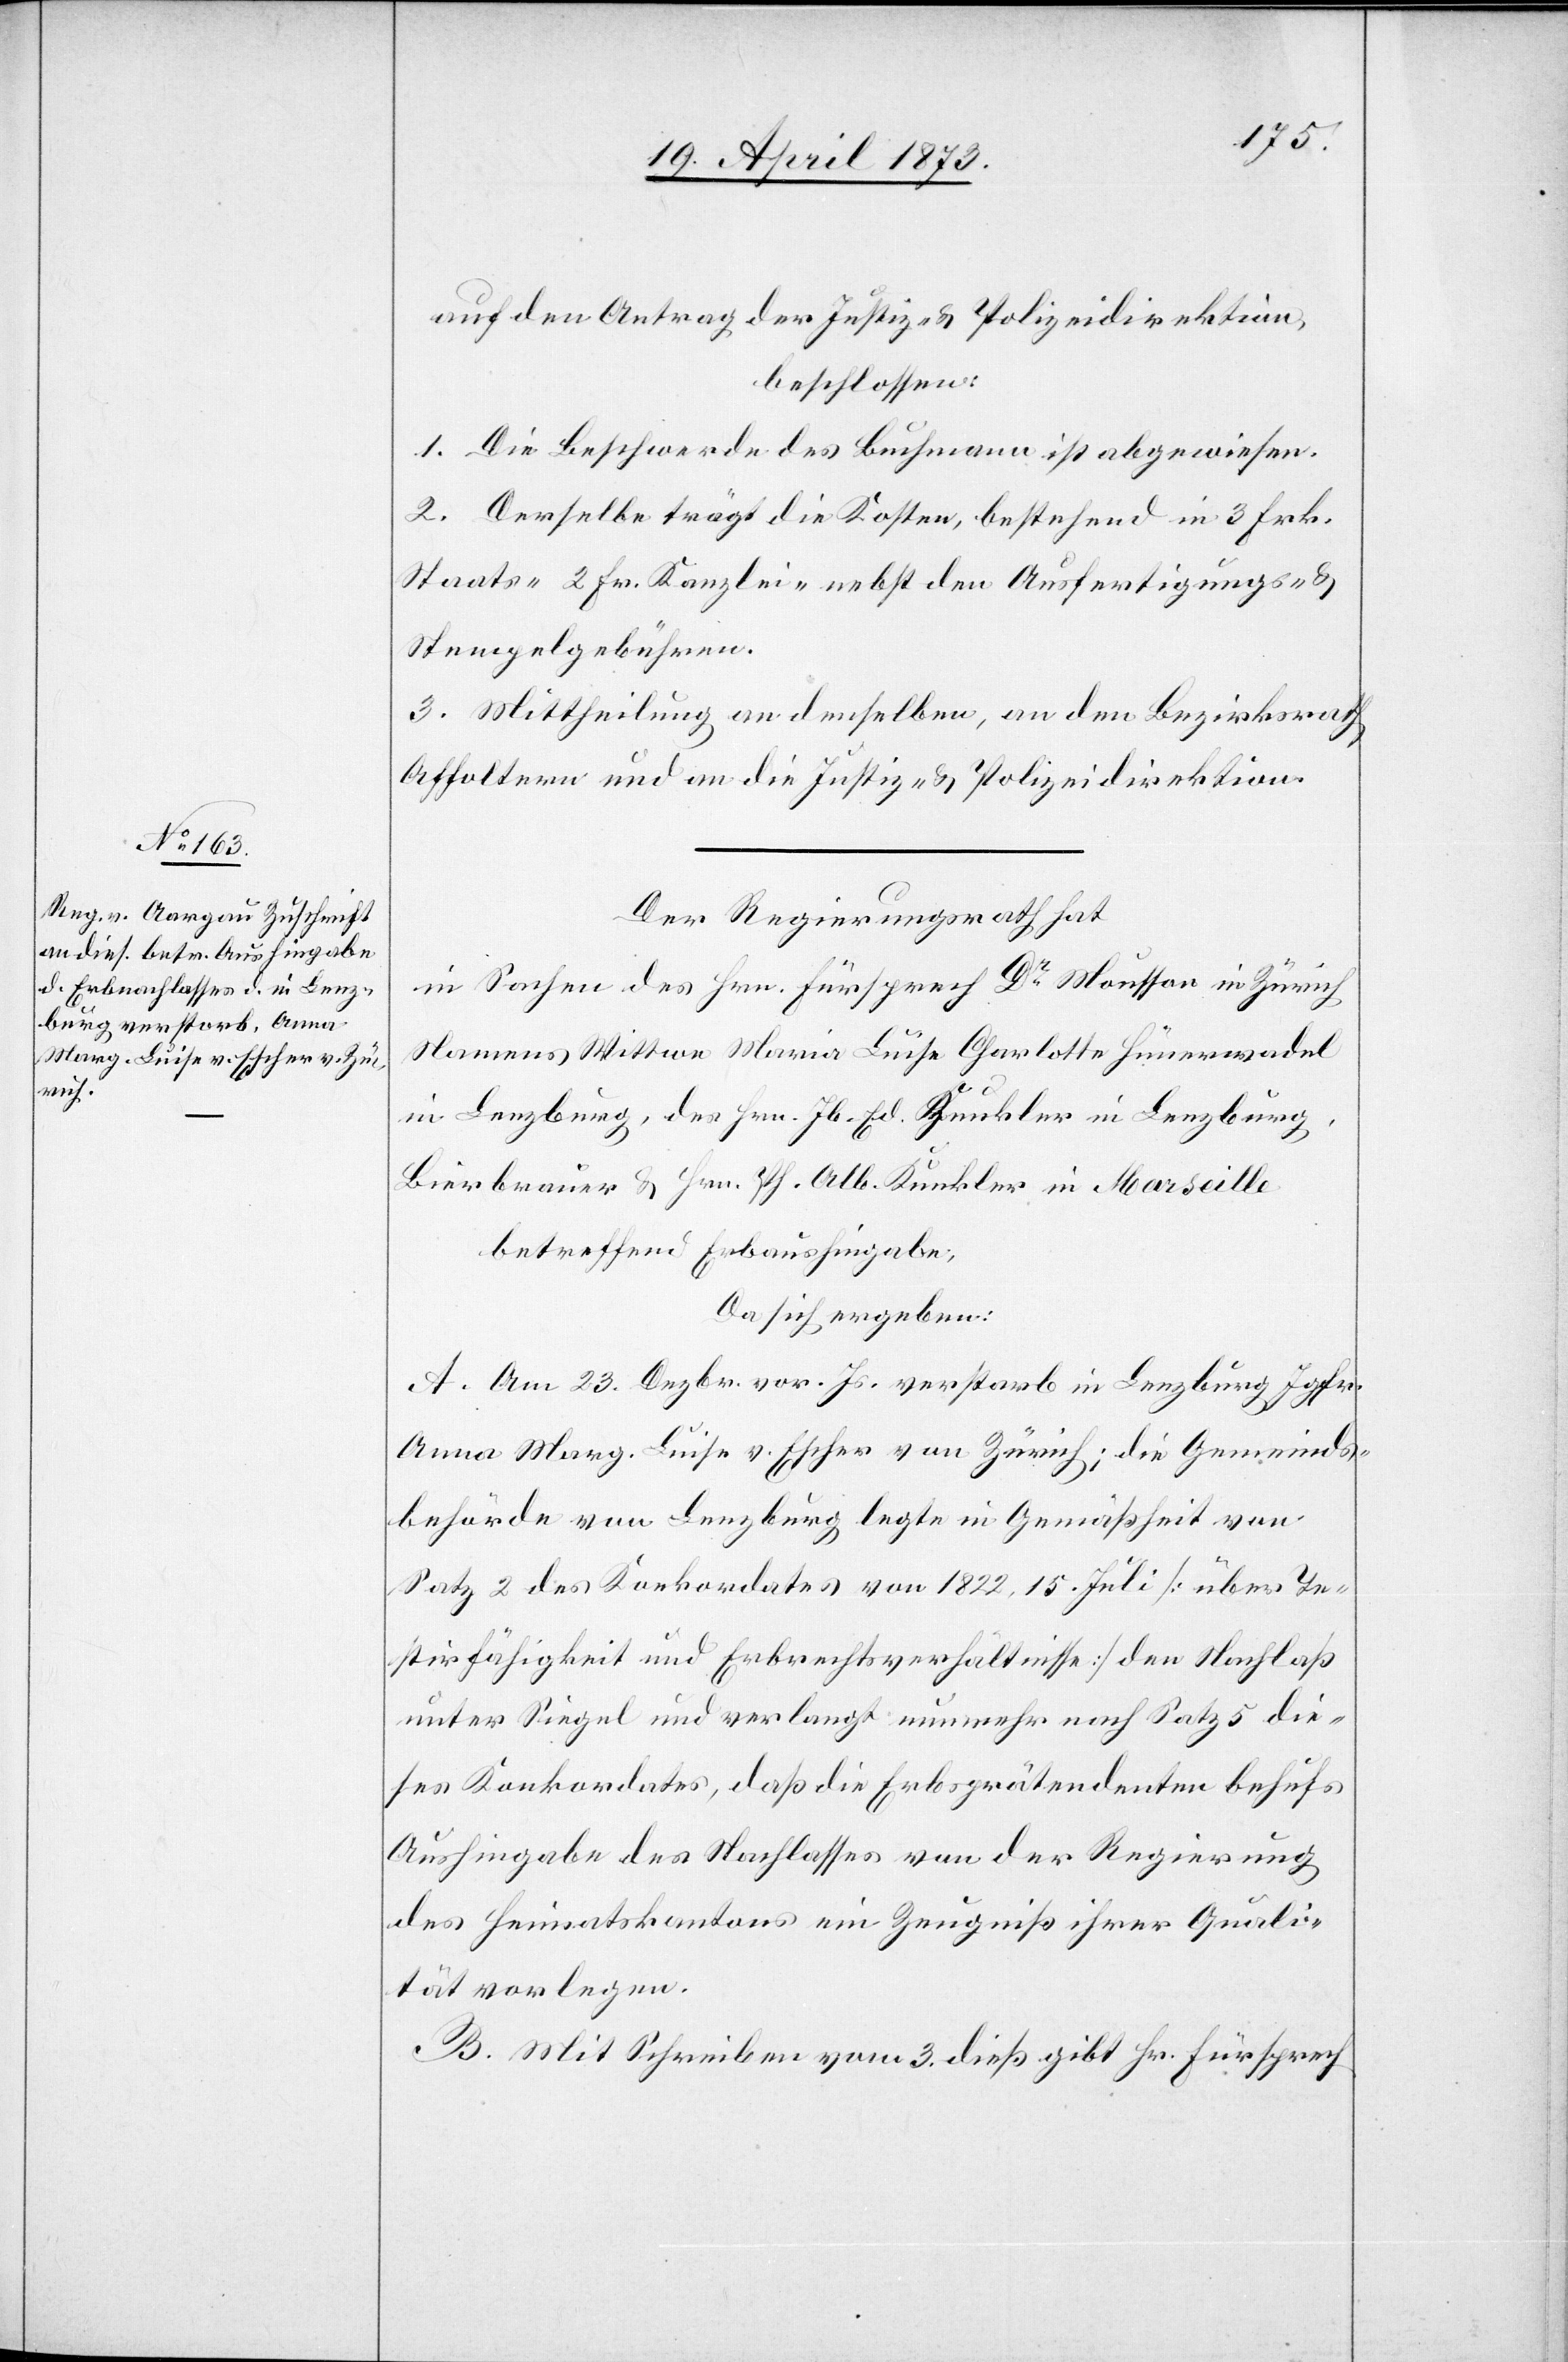
auf den Antrag der Justiz- & Polizeidirektion
beschlossen:
1. Die Beschwerde des Buchmann ist abgewiesen.
2. Derselbe trägt die Kosten, bestehend in 3 Fr.
Staats- 2 Fr. Kanzlei- nebst den Ausfertigungs- &
Stempelgebühren.
3. Mittheilung an denselben, an den Bezirksrath
Affoltern und an die Justiz- & Polizeidirektion.
Der Regierungsrath hat
in Sachen des Hrn. Fürsprech Dr Mousson in Zürich
Namens Wittwe Maria Luise Charlotte Hünerwadel
in Lenzburg, des Hrn. Jb. Ed. Kunkler in Lenzburg,
Bierbrauer & Hrn. Ph. Alb. Kunkler in Marseille
betreffend Erbaushingabe,
Da sich ergeben:
A. Am 23. Dezbr. vor. Js. verstarb in Lenzburg Jgfr.
Anna Marg. Luise v. Escher von Zürich; die Gemeinds¬
behörde von Lenzburg legte in Gemäßheit von
Satz 2 des Konkordates von 1882, 15. Juli [über Te¬
stirfähigkeit und Erbrechtsverhältnisse] den Nachlaß
unter Siegel und verlangt nunmehr nach Satz 5 die¬
ses Konkordates, daß die Erbsprätendenten behufs
Aushingabe des Nachlasses von der Regierung
des Heimatskantons ein Zeugniß ihrer Quali¬
tät vorlegen.
B. Mit Schreiben vom 3. dieß gibt Hr. Fürsprech